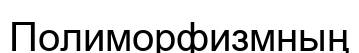
Полиморфизмның